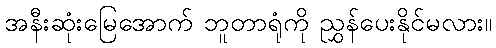
အနီးဆုံးမြေအောက် ဘူတာရုံကို ညွှန်ပေးနိုင်မလား။